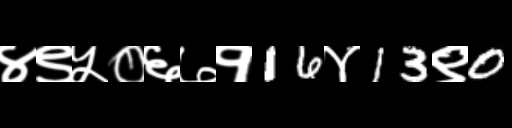
Text: ४९५०६७१16४13९0